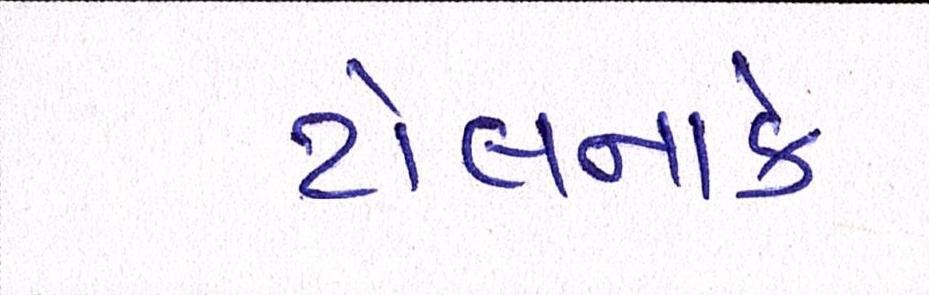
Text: ટોલનાકે